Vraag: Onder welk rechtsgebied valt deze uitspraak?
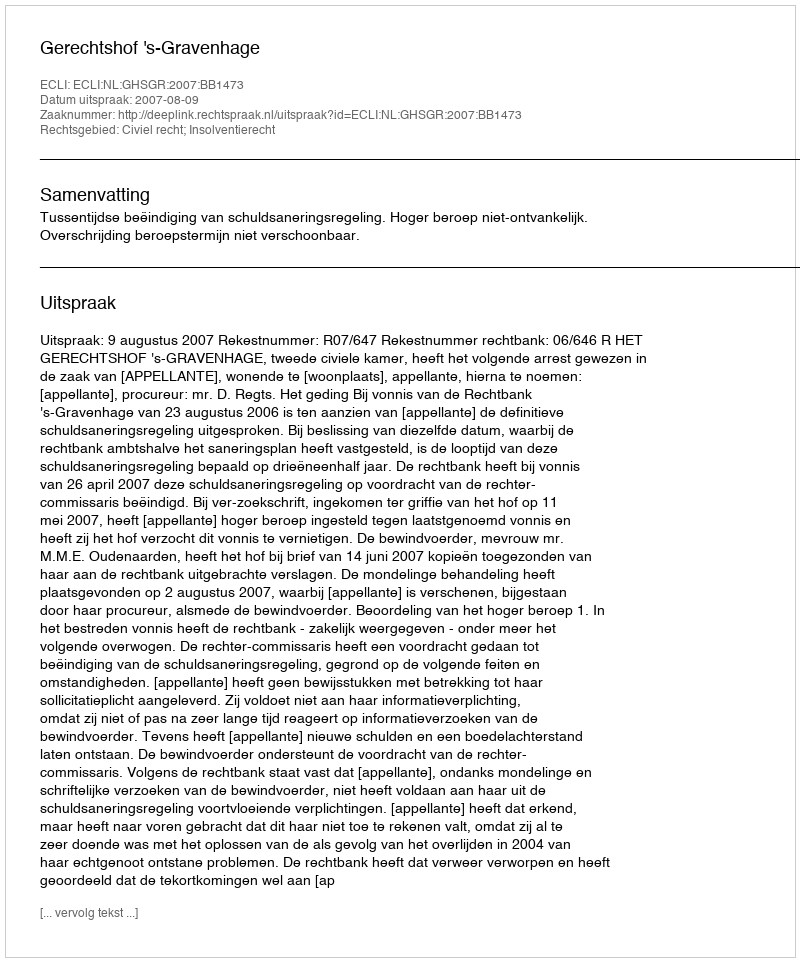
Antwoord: Civiel recht; Insolventierecht